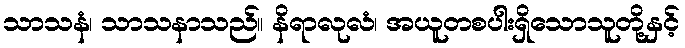
သာသနံ၊ သာသနာသည်။ နိရာလုလံ၊ အယူတစပါးရှိသောသူတို့နှင့်